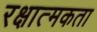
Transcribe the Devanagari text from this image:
रक्षात्मकता